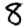
Digit: 8